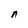
Character: n